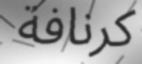
كرنافة